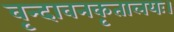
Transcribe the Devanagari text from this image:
वृन्दावनकृतालयः।